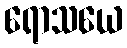
ရောသယေ